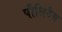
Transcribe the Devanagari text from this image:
पौलिटैस